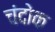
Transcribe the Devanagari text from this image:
चंदोक